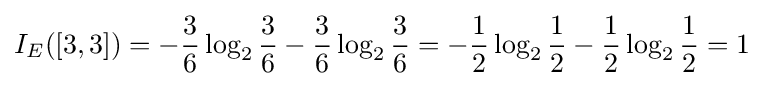
I_{E}([3,3])=-{\frac {3}{6}}\log _{2}{\frac {3}{6}}-{\frac {3}{6}}\log _{2}{\frac {3}{6}}=-{\frac {1}{2}}\log _{2}{\frac {1}{2}}-{\frac {1}{2}}\log _{2}{\frac {1}{2}}=1